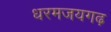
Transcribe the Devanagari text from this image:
धरमजयगढ़